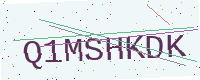
Text: Q1MSHKDK